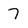
Character: 7